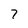
Character: 7